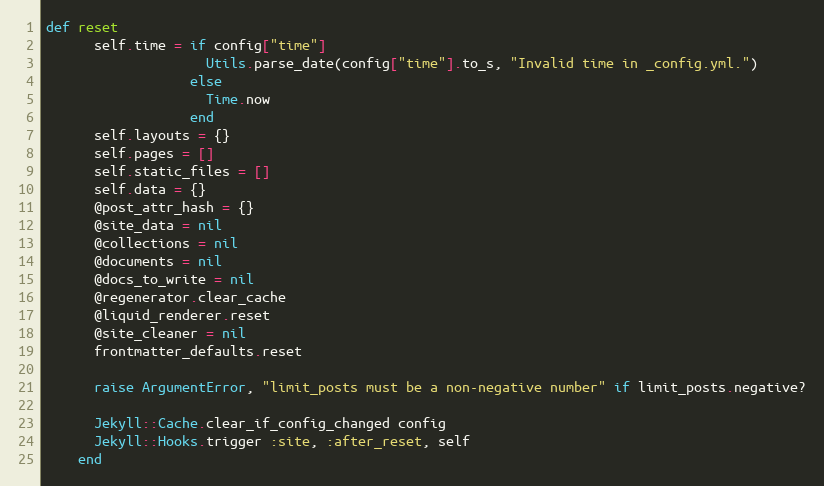
Language: Ruby
def reset
      self.time = if config["time"]
                    Utils.parse_date(config["time"].to_s, "Invalid time in _config.yml.")
                  else
                    Time.now
                  end
      self.layouts = {}
      self.pages = []
      self.static_files = []
      self.data = {}
      @post_attr_hash = {}
      @site_data = nil
      @collections = nil
      @documents = nil
      @docs_to_write = nil
      @regenerator.clear_cache
      @liquid_renderer.reset
      @site_cleaner = nil
      frontmatter_defaults.reset

      raise ArgumentError, "limit_posts must be a non-negative number" if limit_posts.negative?

      Jekyll::Cache.clear_if_config_changed config
      Jekyll::Hooks.trigger :site, :after_reset, self
    end